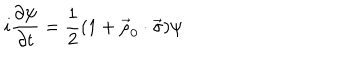
i { \frac { \partial \psi } { \partial t } } = { \frac { 1 } { 2 } } ( 1 + \vec { \rho } _ { 0 } \cdot \vec { \sigma } ) \psi